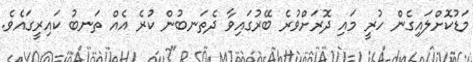
މަޑުކޮށްލައިގެން ހުރީ މައި ދޮރަށްވުރެ ބޭރުގައިވާ ދެތަނބުން ކުރެ އެއް ތަނބު ކައިރީގައެވެ.